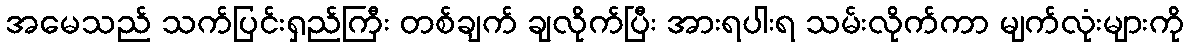
အမေသည် သက်ပြင်းရှည်ကြီး တစ်ချက် ချလိုက်ပြီး အားရပါးရ သမ်းလိုက်ကာ မျက်လုံးများကို